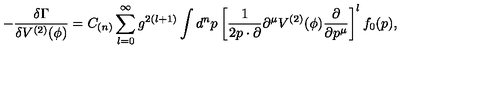
- \frac { \delta \Gamma } { \delta V ^ { ( 2 ) } ( \phi ) } = C _ { ( n ) } \sum _ { l = 0 } ^ { \infty } g ^ { 2 ( l + 1 ) } \int d ^ { n } p \left[ \frac { 1 } { 2 p \cdot \partial } \partial ^ { \mu } V ^ { ( 2 ) } ( \phi ) \frac { \partial } { \partial p ^ { \mu } } \right] ^ { l } f _ { 0 } ( p ) ,